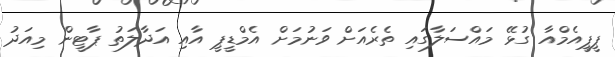
ޕީޕީއެމްއާ ގުޅޭ މައްސަލާގައި ތެރެއަށް ވަނުމަށް އެމްޑީޕީ އާއި އަދާލަތު ޕާޓީން މިއަދު